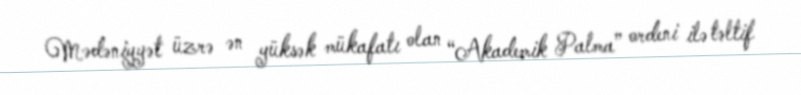
Mədəniyyət üzrə ən yüksək mükafatı olan “Akademik Palma” ordeni ilə təltif